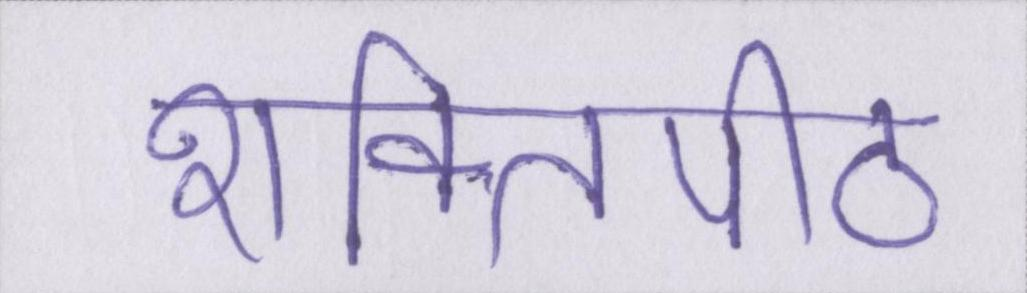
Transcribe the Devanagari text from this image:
शक्तिपीठ